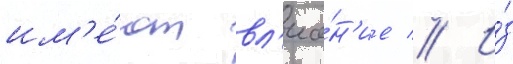
им'е́ют вл'иа́н'ие // И́з